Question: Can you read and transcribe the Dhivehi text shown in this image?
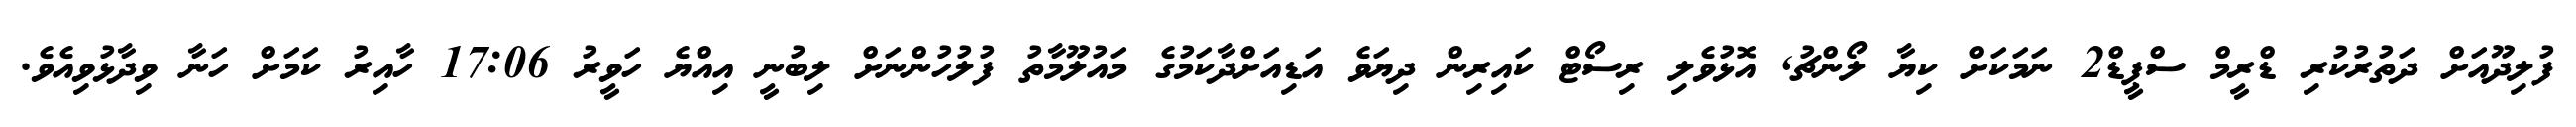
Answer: ފުލިދޫއަށް ދަތުރުކުރި ޑްރީމް ސްޕީޑް2 ނަމަކަށް ކިޔާ ލޯންޗު, އޮޅުވެލި ރިސޯޓް ކައިރިން ދިޔަވެ އަޑިއަށްދާކަމުގެ މައުލޫމާތު ފުލުހުންނަށް ލިބުނީ އިއްޔެ ހަވީރު 17:06 ހާއިރު ކަމަށް ހަނާ ވިދާޅުވިއެވެ.